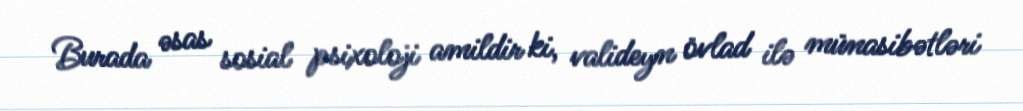
Burada əsas sosial psixoloji amildir ki, valideyn övlad ilə münasibətləri